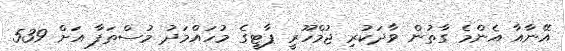
އޭނާއާ އެންމެ ގާތުން ވާދަކުރި ޖުމްހޫރީ ޕާޓީގެ މުހައްމަދު މުސްތަފާ އަށް 539